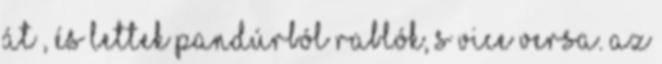
át”, és lettek pandúrból rablók, s vice versa. Az